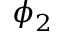
\phi _ { 2 }